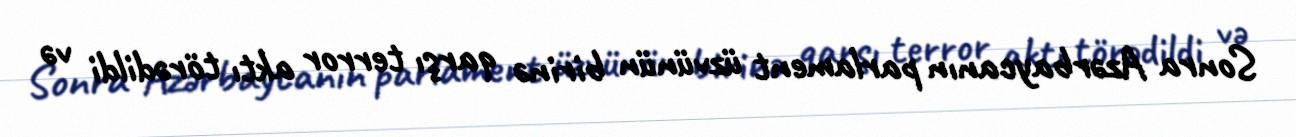
Sonra Azərbaycanın parlament üzvünün birinə qarşı terror aktı törədildi və